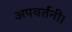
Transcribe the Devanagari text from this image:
अपवर्तनी।